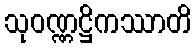
သုဝဏ္ဏဋ္ဌိကဿာတိ